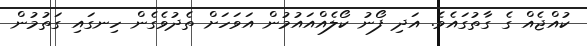
ކުއްޖެއް ގެ ގާތުގައެވެ. އަަދި ފޯނު ކޯލެއްއައުމުން އަވަހަށް ތެދުވެގެން ހިނގައި ގަތުމުން